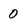
Character: 0